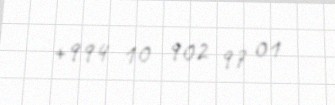
+994 10 902 97 01